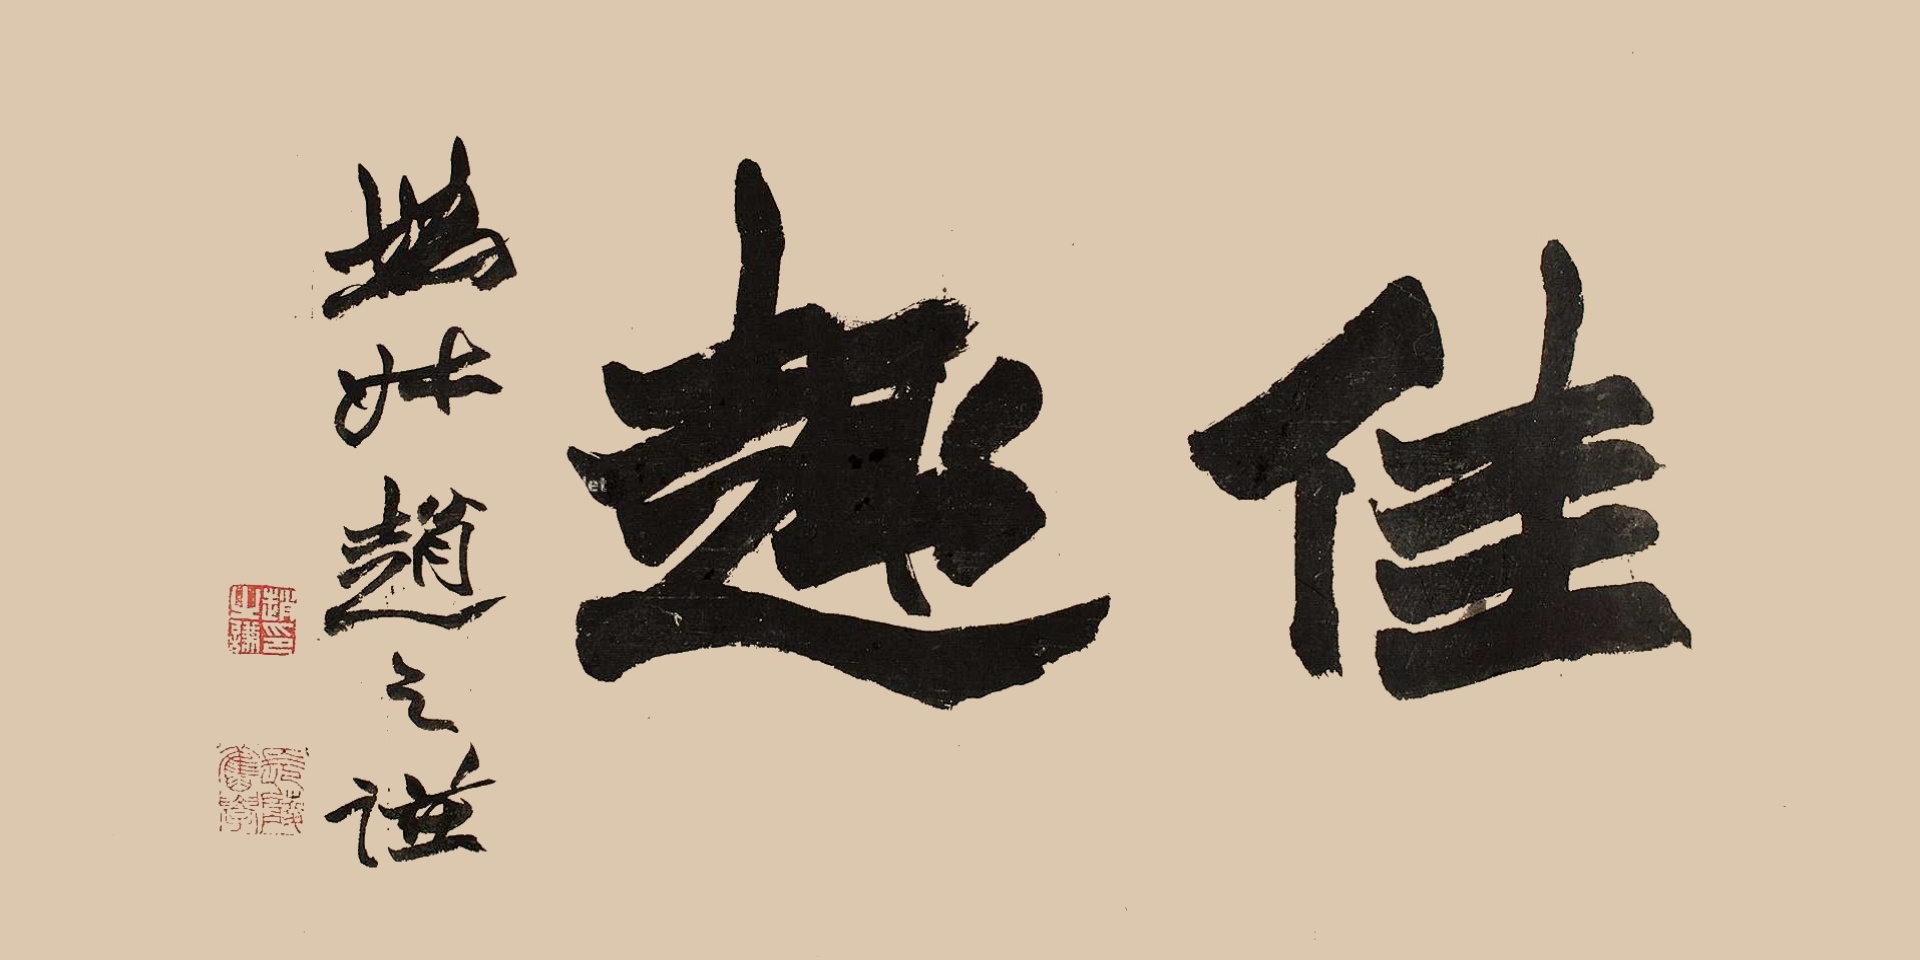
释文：佳趣。㧑叔赵之谦。